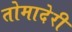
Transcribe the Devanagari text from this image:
तोमादेरी